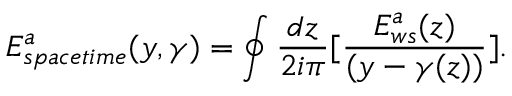
E _ { s p a c e t i m e } ^ { a } ( y , \gamma ) = \oint { \frac { d z } { 2 i \pi } } \lbrack { \frac { E _ { w s } ^ { a } ( z ) } { ( y - \gamma ( z ) ) } } \rbrack .